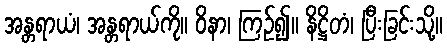
အန္တရာယံ၊ အန္တရာယ်ကို။ ဝိနာ၊ ကြဉ်၍။ နိဋ္ဌိတံ၊ ပြီးခြင်းသို့။